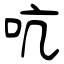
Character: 吭